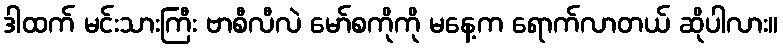
ဒါထက် မင်းသားကြီး ဗာစီလီလဲ မော်စကိုကို မနေ့က ရောက်လာတယ် ဆိုပါလား။